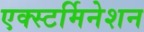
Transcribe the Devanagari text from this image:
एक्स्टर्मिनेशन